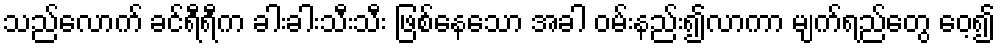
သည်လောက် ခင်ရီရီက ခါးခါးသီးသီး ဖြစ်နေသော အခါ ဝမ်းနည်း၍လာကာ မျက်ရည်တွေ ဝေ့၍